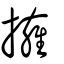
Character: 𢹬